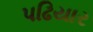
પઢિયાર